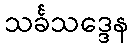
သင်္ခသဒ္ဒေန